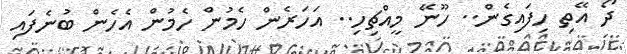
ދޯ އޭތި ހިފައިގެން.. ހޫނޭ މީއްޗިހި.. އަހަރެން ހެމުން ހެމުން އެހެން ބުނެފައި